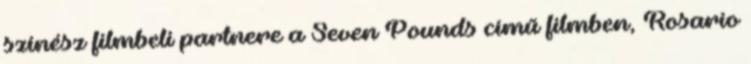
színész filmbeli partnere a Seven Pounds című filmben, Rosario